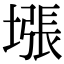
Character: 㙣